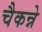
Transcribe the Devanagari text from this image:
चैकन्ने